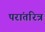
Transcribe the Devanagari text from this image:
परांतरित्र